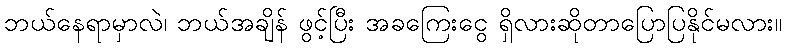
ဘယ်နေရာမှာလဲ၊ ဘယ်အချိန် ဖွင့်ပြီး အခကြေးငွေ ရှိလားဆိုတာပြောပြနိုင်မလား။